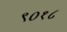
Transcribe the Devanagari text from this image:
९०१८